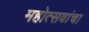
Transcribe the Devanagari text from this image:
महोत्सवांचा